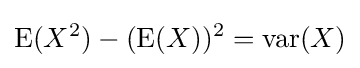
\operatorname {E} (X^{2})-(\operatorname {E} (X))^{2}=\mathrm {var} (X)